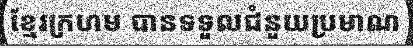
ខ្មែរក្រហម បានទទួលជំនួយប្រមាណ